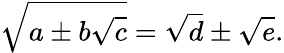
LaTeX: {\sqrt{a\pm b{\sqrt{c}}}}={\sqrt{d}}\pm{\sqrt{e}}.